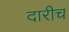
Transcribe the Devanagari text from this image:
दारीच